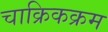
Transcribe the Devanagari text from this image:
चाक्रिकक्रम